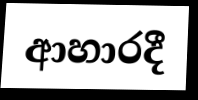
ආහාරදී